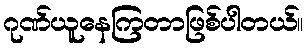
ဂုဏ်ယူနေကြတာဖြစ်ပါတယ်။